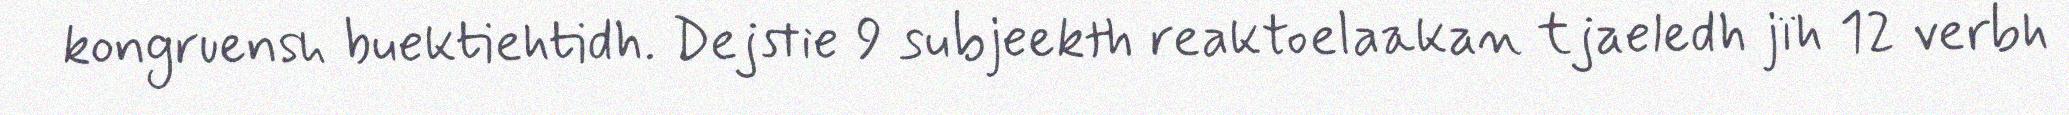
kongruensh buektiehtidh. Dejstie 9 subjeekth reaktoelaakan tjaeledh jïh 12 verbh